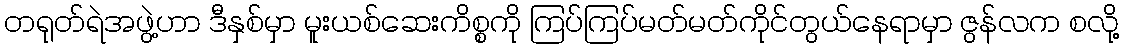
တရုတ်ရဲအဖွဲ့ဟာ ဒီနှစ်မှာ မူးယစ်ဆေးကိစ္စကို ကြပ်ကြပ်မတ်မတ်ကိုင်တွယ်နေရာမှာ ဇွန်လက စလို့